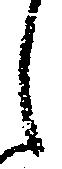
之